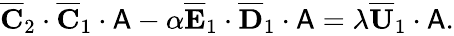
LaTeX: \begin{array}{r}{\overline{{\mathbf{C}}}_{2}\cdot\overline{{\mathbf{C}}}_{1}\cdot\mathsf{A}-\alpha\overline{{\mathbf{E}}}_{1}\cdot\overline{{\mathbf{D}}}_{1}\cdot\mathsf{A}=\lambda\overline{{\mathbf{U}}}_{1}\cdot\mathsf{A}.}\end{array}